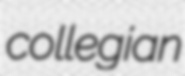
collegian